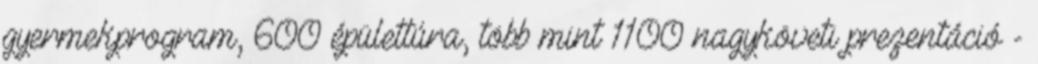
gyermekprogram, 600 épülettúra, több mint 1100 nagyköveti prezentáció -